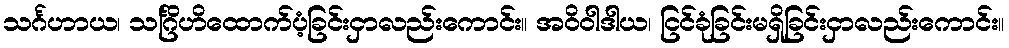
သင်္ဂဟာယ၊ သင်္ဂြိဟိထောက်ပံ့ခြင်းငှာလည်းကောင်း။ အဝိဝါဒါယ၊ ငြင်ခုံခြင်းမရှိခြင်းငှာလည်းကောင်း။